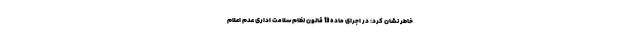
خاطر نشان کرد: در اجرای ماده 13 قانون نظام سلامت اداری عدم اعلام